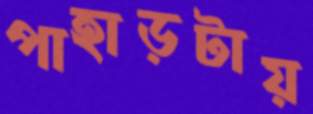
পাহাড়টায়